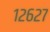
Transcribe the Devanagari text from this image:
१२६२७